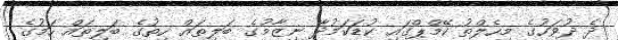
ދެ ދުވަހުގެ މިހެލްތު ކޭމްޕްގައި ކުޑަކަމުދާ ނިޒާމުގެ ބަލިތައް ހިތުގެ ބަލިތައް ހަމުގެ